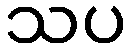
သပ